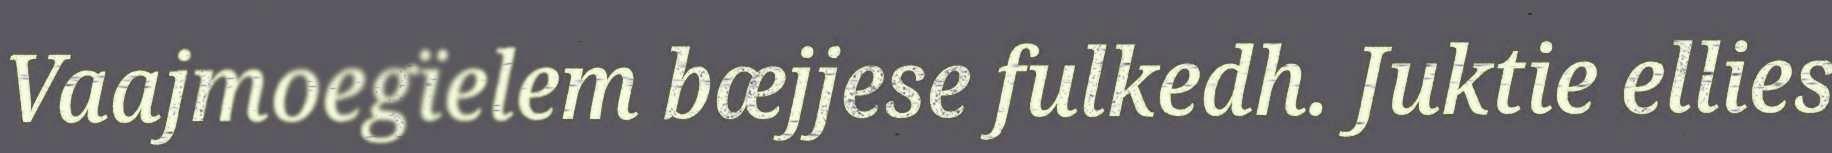
Vaajmoegïelem bæjjese fulkedh. Juktie ellies